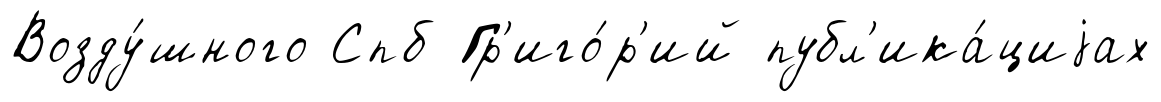
Возду́шного Спб Гр'иго́р'ий публ'ика́циjах